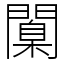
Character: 闑